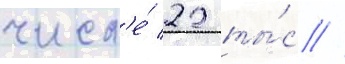
числ'е́ 22 ты́с //